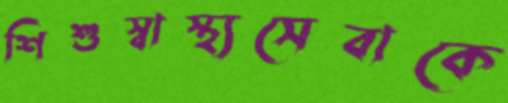
শিশুস্বাস্থ্যসেবাকে